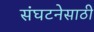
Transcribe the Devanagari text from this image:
संघटनेसाठी